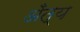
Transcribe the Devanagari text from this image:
अँत्य